Report of an investigation into the causes of malaria in Bombay and the measures necessary for its control
Disease focus: Malaria
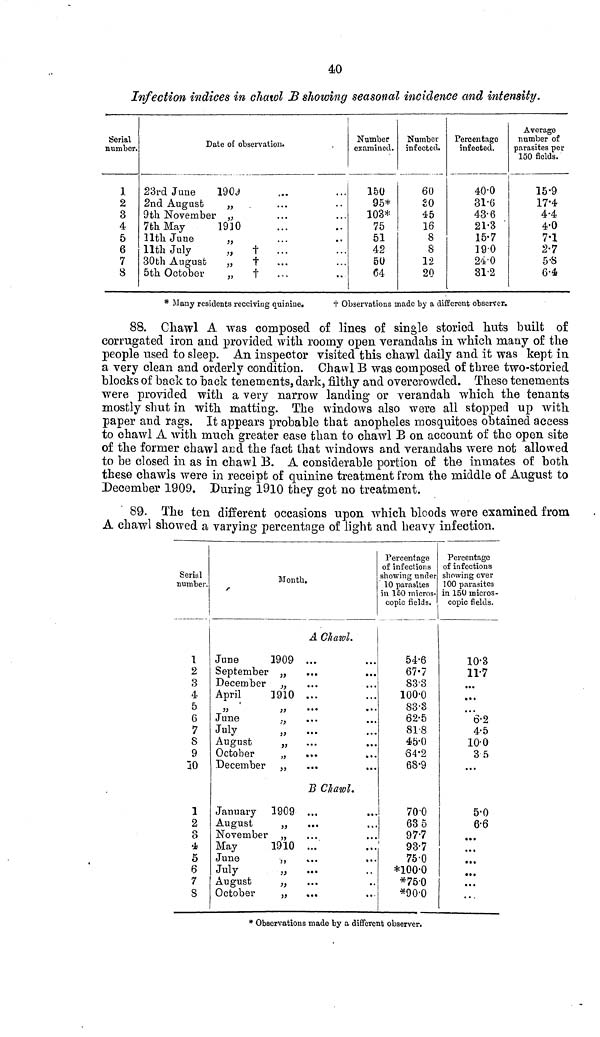
40
Infection indices in chawl B showing seasonal incidence and intensity.
Serial
number.
1
2
3
4
5
6
7
8
Date of observation.
23rd June
190J
2nd August
„
9 th Noy ember „
7th May
19]0
11th June
„
11th July
„
t
...
30th August
„
t
5th October
„
t
Number
examined.
150
95*
103*
75
51
42
50
64
Number
infected.
60
20
45
16
8
8
12
20
Percentago
infected.
40-0
31-6
43-6
21-3
15-7
190
24-0
312
Average
number of
parasites per
150 fields.
15-9
17-4
4-4
4-0
7*1
2-7
5-8
6-4
* Many residents receiving quinine.
+ Observations made by a different observer.
88. Chawl A was composed of lines of single storied huts built of
corrugated iron and provided with roomy open verandahs in which many of the
people used to sleep. An inspector visited this chawl daily and it was kept in
a very clean and orderly condition. Chawl B was composed of three two-storied
blocks of back to back tenements, dark, filthy and overcrowded. These tenements
were provided with a very narrow landing or verandah which the tenants
mostly shut in with matting. The windows also were all stopped up with
paper and rags. It appears probable that anopheles mosquitoes obtained access
to chawl A with much greater ease than to chawl B on account of the open site
of the former chawl and the fact that windows and verandahs were not allowed
to be closed in as in chawl B. A considerable portion of the inmates of both
these chawls were in receipt of quinine treatment from the middle of August to
December 1909. During 1910 they got no treatment.
89. The ten different occasions upon which bloods were examined from
A chawl showed a varying percentage of light and heavy infection.
Serial
number.
1
2
3
4
5
6
7
S
9
10
1
2
S
5
6
7
S
June
September
December
April
June
July
August
October
December
January
August
November
May
June
July
August
October
Month.
A Chawl.
1909 ...
...
...
1910 ...
a
...
•••
i)
• • •
.. >
)}
•••
...
j)
«•»
...
j)
• • •
...
>>
'••
...
B Chawl.
1909 ...
})
•••
...
jj
• • •
• • »
1910 ...
j,
«...
»..
i)
•••
>}
•••
>>
•••
••
Percentage
of infections
showing under
10 parasites
in 150 micros-
copic fields.
54-6
67-7
83-3
100-0
83-3
62-5
81-8
45-0
Ô4-2
68-9
70-0
63 5
97-7
93-7
75-0
*100-0
*75-0
*90-0
Percentage
of infections
showing over
100 parasites
in 150 micros-
copic fields.
10-3
11-7
...
' Ö-2
4-5
10-0
3 5
...
5-0
6-6
...
* Observations made by a different observer.